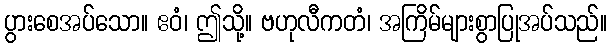
ပွားစေအပ်သော။ ဧဝံ၊ ဤသို့။ ဗဟုလီကတံ၊ အကြိမ်များစွာပြုအပ်သည်။